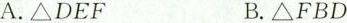
A.△DEF B.△FBD